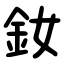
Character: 釹